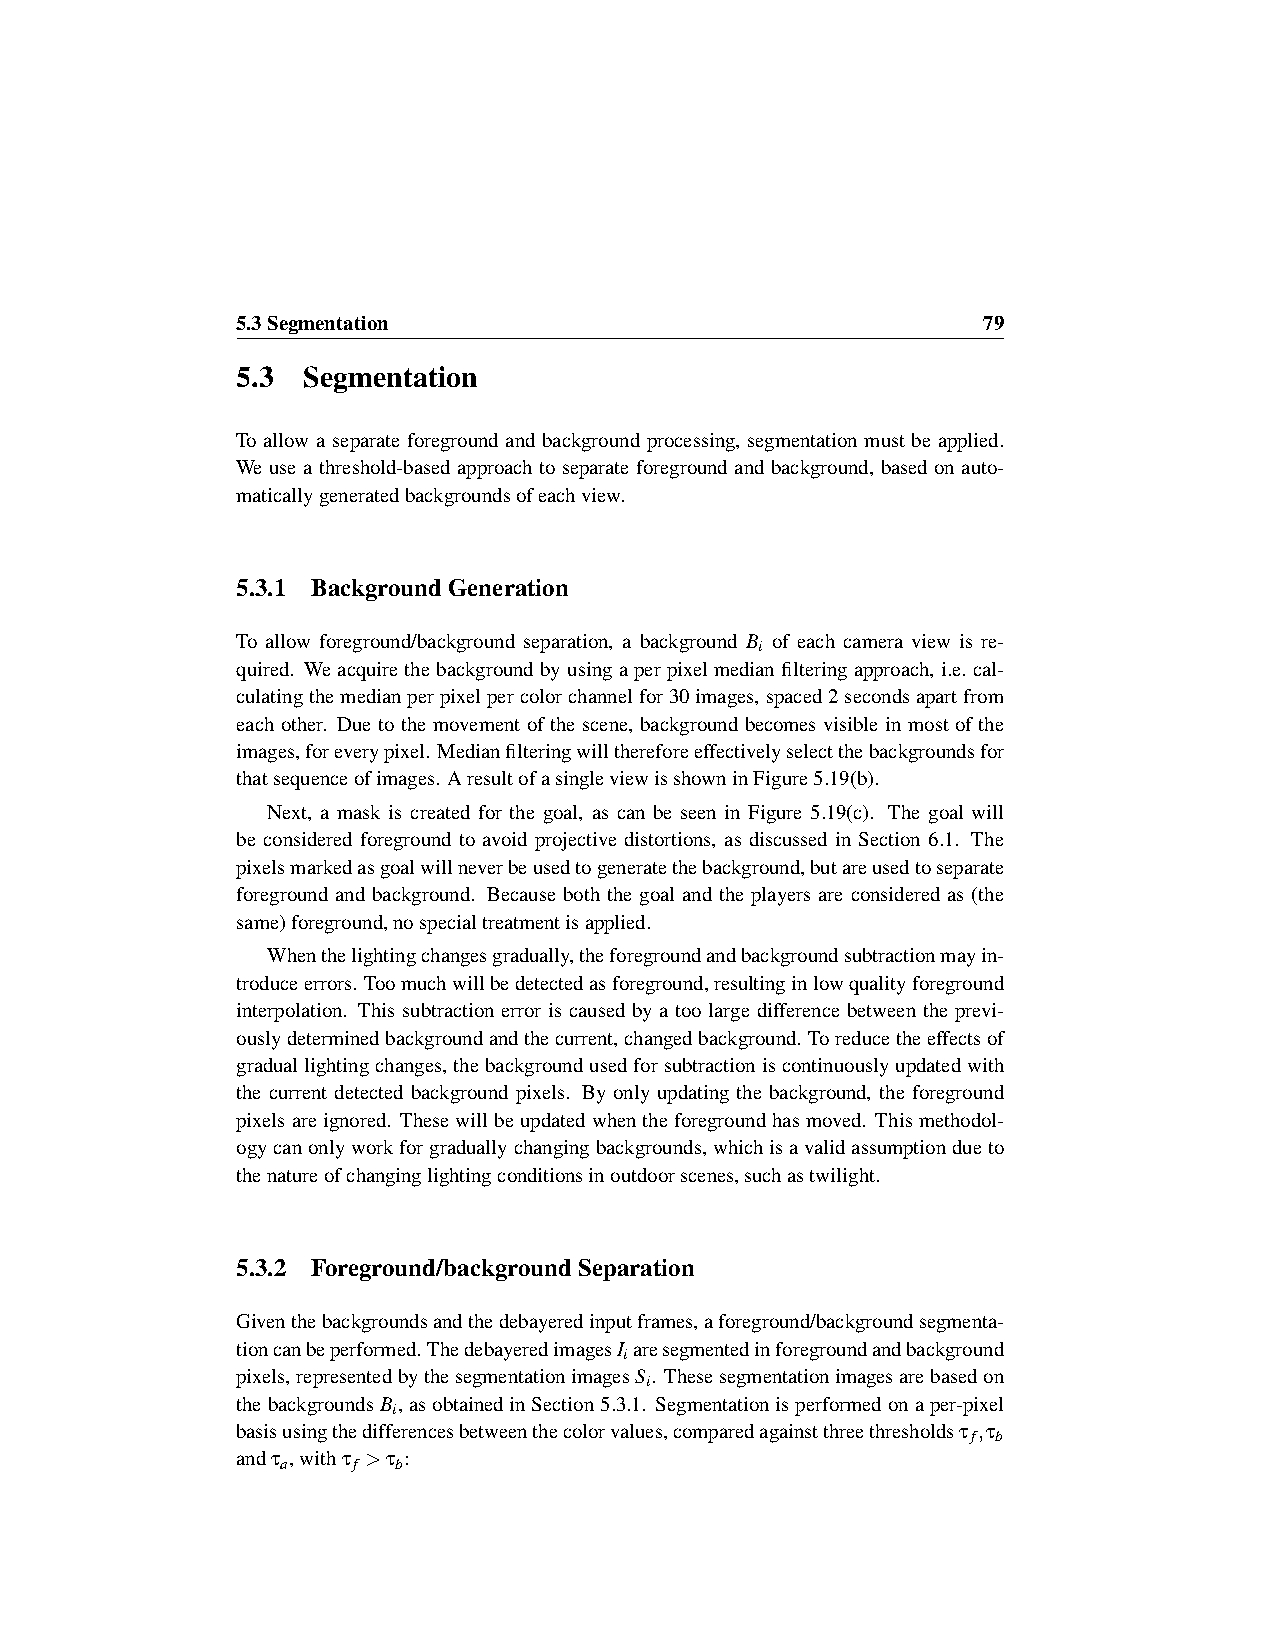
5.3Segmentation                                  79
 5.3 Segmentation
 To allow a separate foreground and background processing, segmentation must be applied.
 We use a threshold-based approach to separate foreground and background, based on auto-
 maticallygeneratedbackgroundsofeachview.
 5.3.1 BackgroundGeneration
 To allow foreground/background separation, a background B of each camera view is re-
 i
 quired. Weacquirethebackgroundbyusingaperpixelmedianfilteringapproach, i.e.cal-
 culatingthemedianperpixelpercolorchannelfor30images,spaced2secondsapartfrom
 each other. Due to the movement of the scene, background becomes visible in most of the
 images,foreverypixel. Medianfilteringwillthereforeeffectivelyselectthebackgroundsfor
 thatsequenceofimages. AresultofasingleviewisshowninFigure5.19(b).
 Next, a mask is created for the goal, as can be seen in Figure 5.19(c). The goal will
 be considered foreground to avoid projective distortions, as discussed in Section 6.1. The
 pixelsmarkedasgoalwillneverbeusedtogeneratethebackground,butareusedtoseparate
 foreground and background. Because both the goal and the players are considered as (the
 same)foreground,nospecialtreatmentisapplied.
 Whenthelightingchangesgradually,theforegroundandbackgroundsubtractionmayin-
 troduceerrors. Toomuchwillbedetectedasforeground,resultinginlowqualityforeground
 interpolation. This subtraction error is caused by a too large difference between the previ-
 ouslydeterminedbackgroundandthecurrent,changedbackground. Toreducetheeffectsof
 graduallightingchanges, thebackgroundusedforsubtractioniscontinuouslyupdatedwith
 the current detected background pixels. By only updating the background, the foreground
 pixelsareignored. Thesewillbeupdatedwhentheforegroundhasmoved. Thismethodol-
 ogycanonlyworkforgraduallychangingbackgrounds,whichisavalidassumptiondueto
 thenatureofchanginglightingconditionsinoutdoorscenes,suchastwilight.
 5.3.2 Foreground/backgroundSeparation
 Giventhebackgroundsandthedebayeredinputframes,aforeground/backgroundsegmenta-
 tioncanbeperformed.ThedebayeredimagesI aresegmentedinforegroundandbackground
 i
 pixels,representedbythesegmentationimagesS. Thesesegmentationimagesarebasedon
 i
 thebackgroundsB,asobtainedinSection5.3.1. Segmentationisperformedonaper-pixel
 i
 basisusingthedifferencesbetweenthecolorvalues,comparedagainstthreethresholdsτ ,τ
 f b
 andτ ,withτ >τ :
 a   f  b